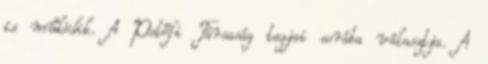
is működik. A Petőfi Társaság tagjai sorába választja. A